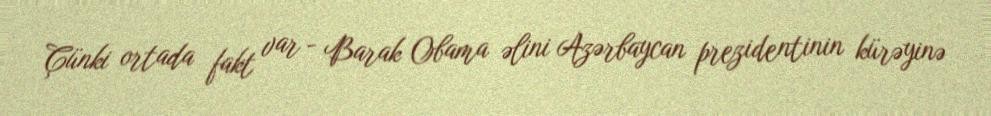
Çünki ortada fakt var - Barak Obama əlini Azərbaycan prezidentinin kürəyinə